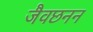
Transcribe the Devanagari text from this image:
जैवछनन